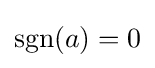
\operatorname {sgn} (a)=0